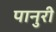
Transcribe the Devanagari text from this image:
पानुरी